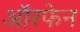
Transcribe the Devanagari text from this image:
ऑरफेन